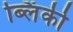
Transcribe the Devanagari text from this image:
ब्लिंकी